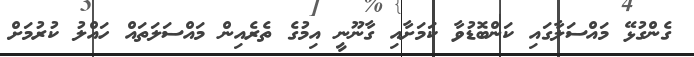
ގެންގުޅޭ މައްސަލާގައި ކަންބޮޑުވާ ކަމަށާއި ގާނޫނީ އިމުގެ ތެރެއިން މައްސަލަތައް ހައްލު ކުރުމަށް